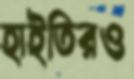
হাইতিরও